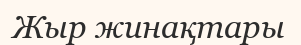
Жыр жинақтары